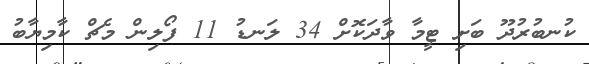
ކުނބުރުދޫ ބަށި ޓީމާ ވާދަކޮށް 34 ލަނޑު 11 ފޯލިން މެޗް ކާމިޔާބު